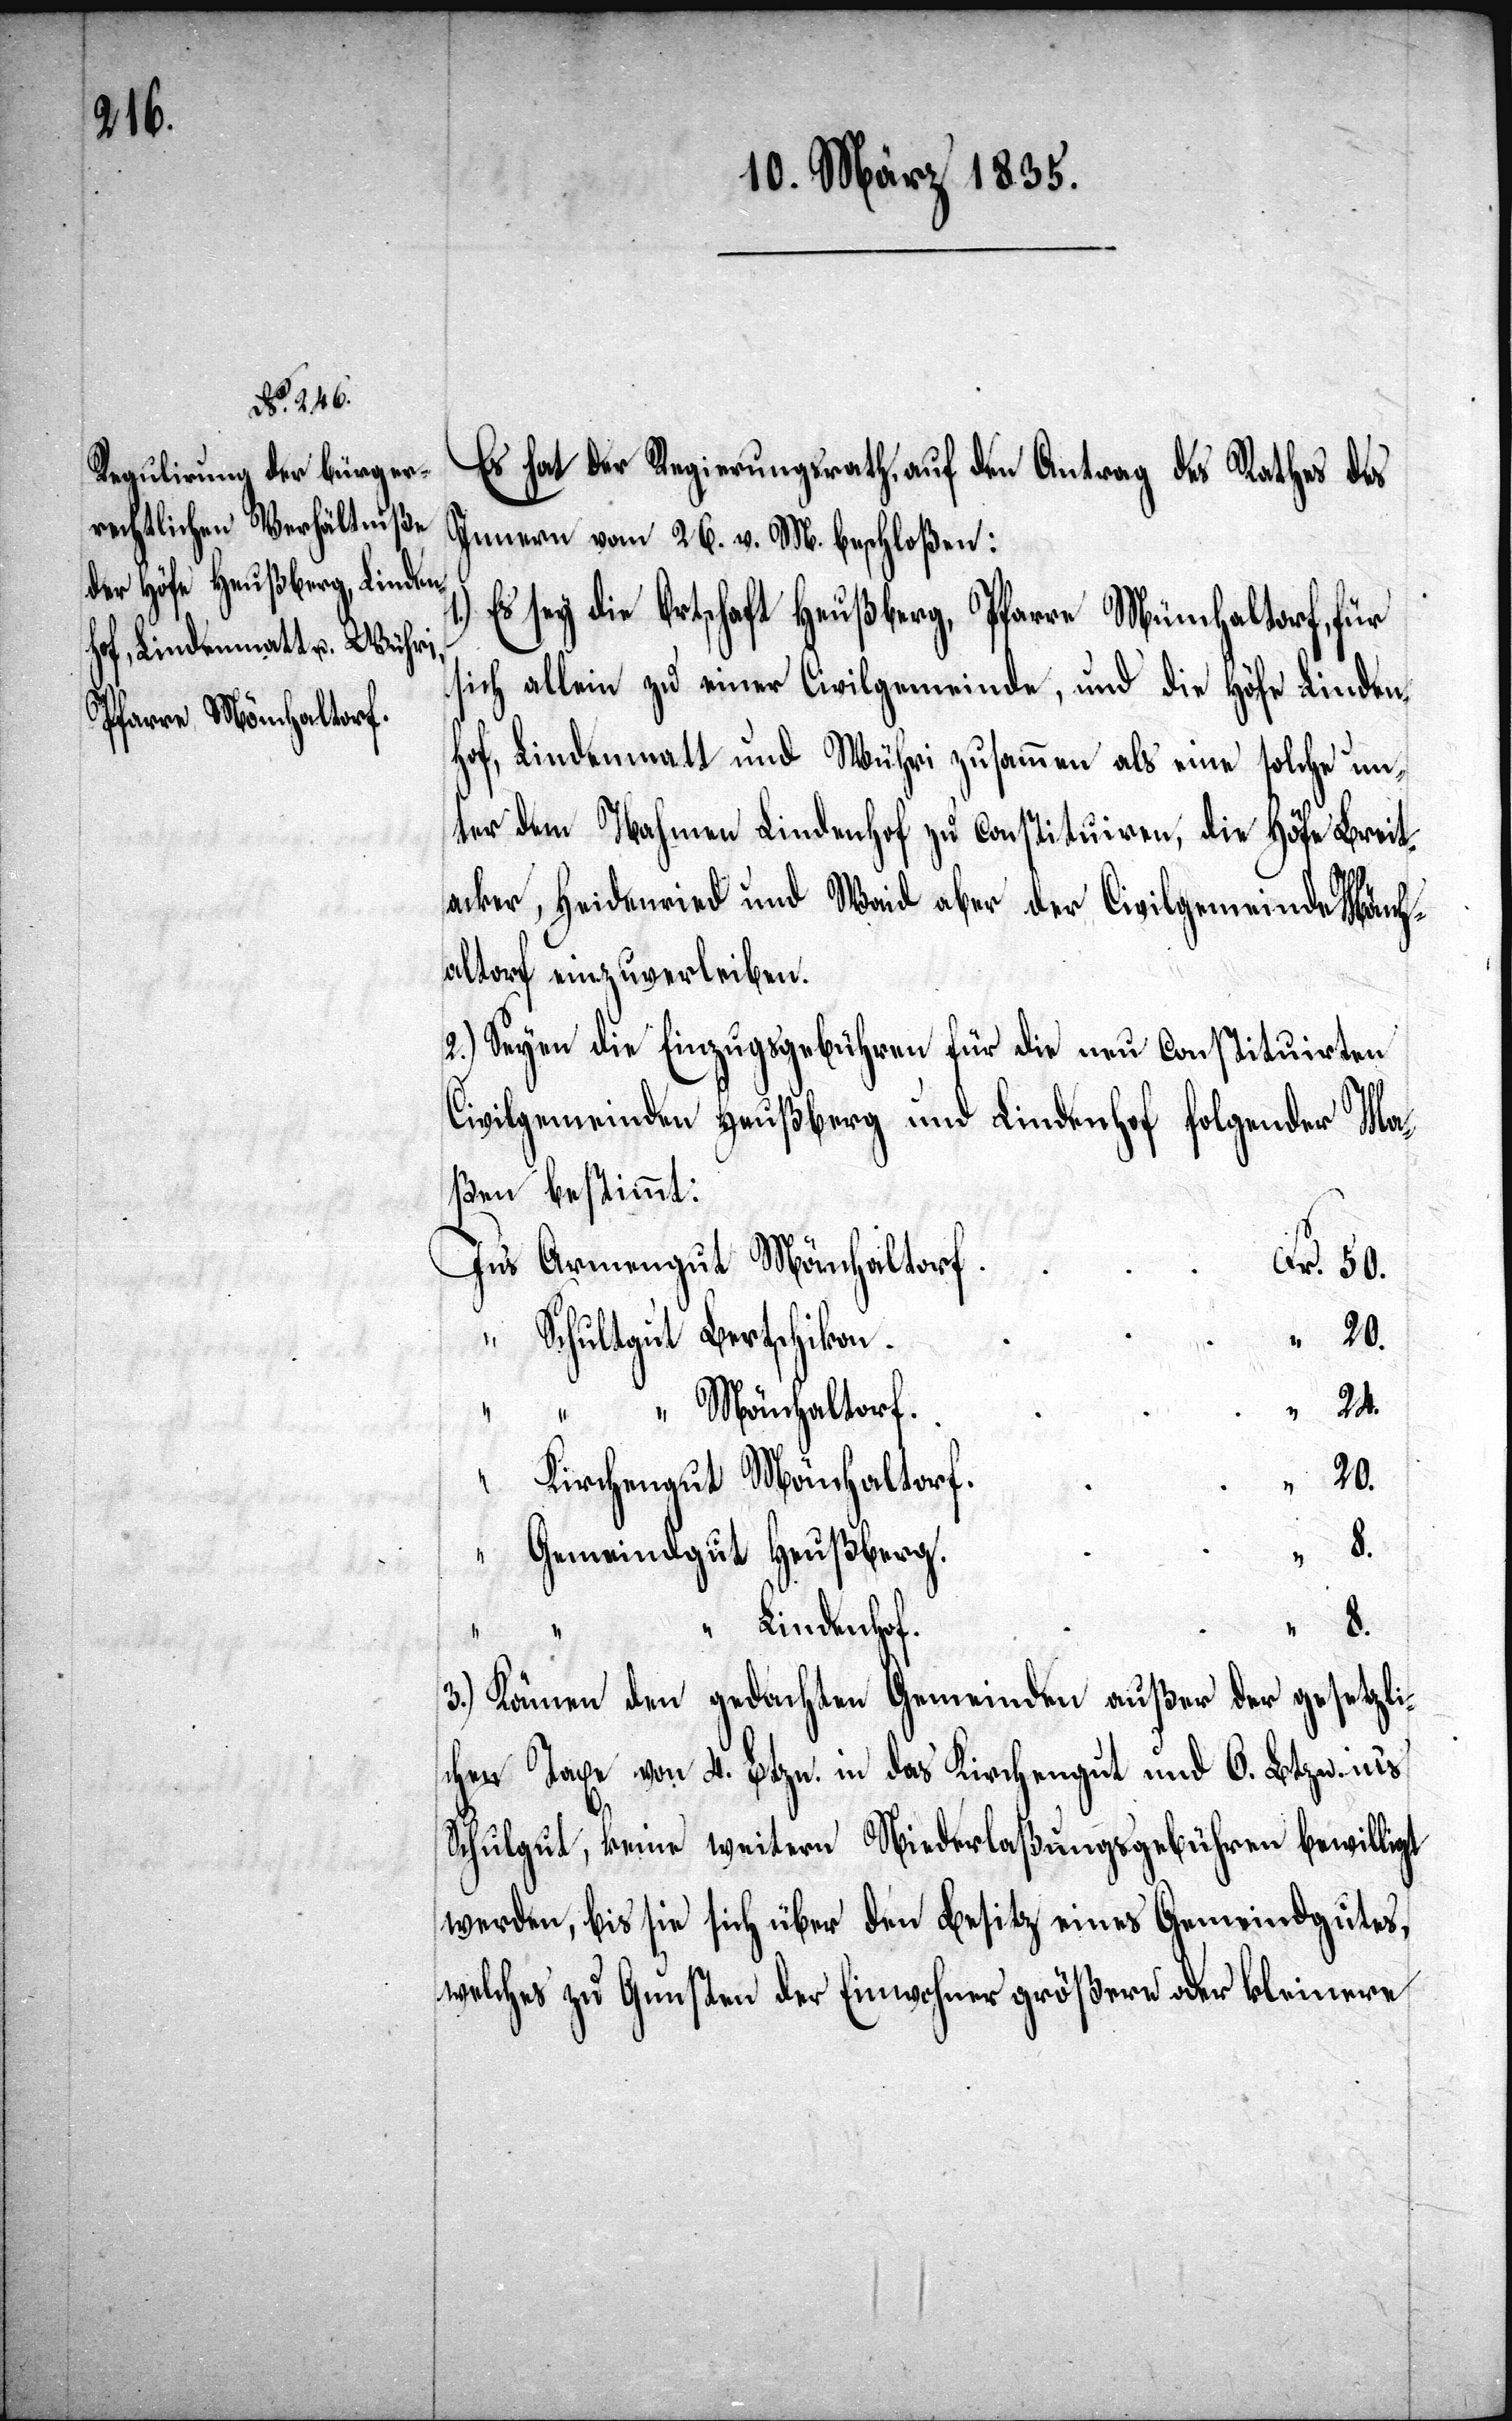
24.

Es hat der Regierungsrath, auf den Antrag des Rathes des
Innern vom 26. v. M. beschloßen:
Es sey die Ortschaft Heußberg, Pfarre Münchaltorf, für
sich allein zu einer Civilgemeinde, und die Höfe Linden¬
hof, Lindenmatt und Wühri zusammen als eine solche un¬
ter dem Nahmen Lindenhof zu constituiren, die Höfe Breit¬
acker, Heidenried und Waid aber der Civilgemeinde Mönch¬
altorf einzuverleiben.
2.) Seyen die Einzugsgebühren für die neu constituirten
Civilgemeinden Heußberg und Lindenhof folgender Ma¬
ßen bestimmt:
In’s Armengut Mönchaltorf
Fr. 50.
“ Schulgut Bertschikon
“ Mönchaltorf
20.
Kirchengut Mönchaltorf
8.
“ Gemeindgut Heußberg
Lindenhof
3.) Können den gedachten Gemeinden außer der gesetzli¬
chen Taxe von 4. Btzn. in das Kirchengut und 6. Btzn. in’s
Schulgut, keine weitern Niederlaßungsgebühren bewilligt
werden, bis sie sich über den Besitz eines Gemeindgutes,
welches zu Gunsten der Einwohner größere oder kleinere